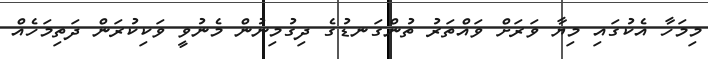
މިމަހާ އެކުގައި މިޔާ ވަރަށް ވައްތަރު ތުންގަނޑުގެ ދިގުމިނުން މެނުވީ ވަކިކުރަން ދަތިމަހެއް